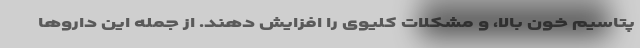
پتاسیم خون بالا، و مشکلات کلیوی را افزایش دهند. از جمله این داروها